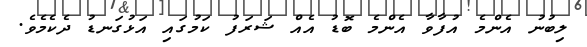
ލިބުނު އެންމެ އުފާވާ އެންމެ ބޮޑު އެއް ޝަރަފު ކަމުގައި އަޅުގަނޑު ދެކެމެވެ.